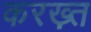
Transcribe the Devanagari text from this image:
करख़्त